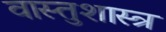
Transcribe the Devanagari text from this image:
वास्‍तुशास्‍त्र